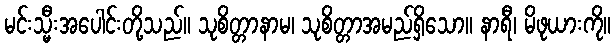
မင်းသ္မီးအပေါင်းတို့သည်။ သုစိတ္တာနာမ၊ သုစိတ္တာအမည်ရှိသော။ နာရီ၊ မိဖုယားကို။